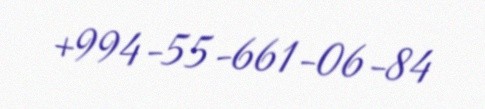
+994-55-661-06-84